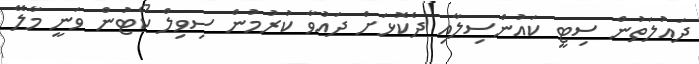
ދައުލަތުން ސިޓީ ކައުންސިލާއި ދެކޮޅަށް ދައުވާ ކުރުމުން ސިވިލް ކޯޓުން ވަނީ މާލޭ